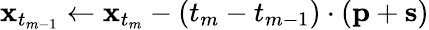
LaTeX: \mathbf{x}_{t_{m-1}}\gets\mathbf{x}_{t_{m}}-(t_{m}-t_{m-1})\cdot(\mathbf{p}+\mathbf{s})